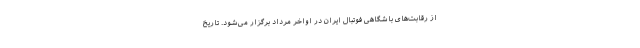
از رقابت‌های باشگاهی فوتبال ایران در اواخر مرداد برگزار می‌شود. تاریخ